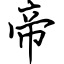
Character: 帝